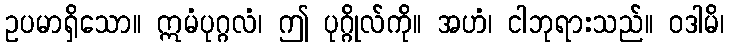
ဥပမာရှိသော။ ဣမံပုဂ္ဂလံ၊ ဤ ပုဂ္ဂိုလ်ကို။ အဟံ၊ ငါဘုရားသည်။ ဝဒါမိ၊